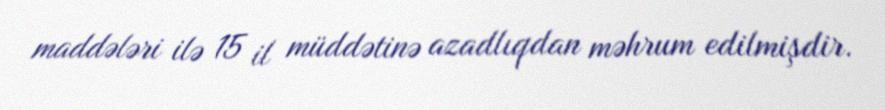
maddələri ilə 15 il müddətinə azadlıqdan məhrum edilmişdir.